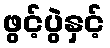
ဖွင့်ပွဲနှင့်